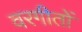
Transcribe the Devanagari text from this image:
वरगीतों